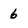
Character: 6